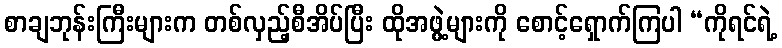
စာချဘုန်းကြီးများက တစ်လှည့်စီအိပ်ပြီး ထိုအဖွဲ့များကို စောင့်ရှောက်ကြပါ “ကိုရင်ရဲ့